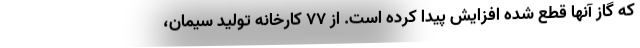
که گاز آنها قطع شده افزایش پیدا کرده است. از ۷۷ کارخانه تولید سیمان،